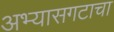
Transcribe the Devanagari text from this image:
अभ्यासगटाचा